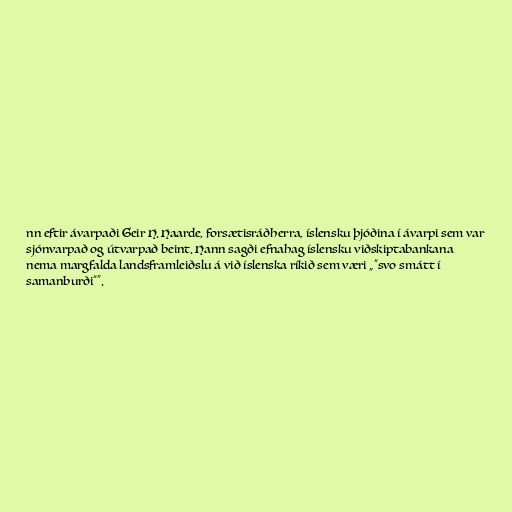
nn eftir ávarpaði Geir H. Haarde, forsætisráðherra, íslensku þjóðina í ávarpi sem var
sjónvarpað og útvarpað beint. Hann sagði efnahag íslensku viðskiptabankana
nema margfalda landsframleiðslu á við íslenska ríkið sem væri „"svo smátt í
samanburði"“.